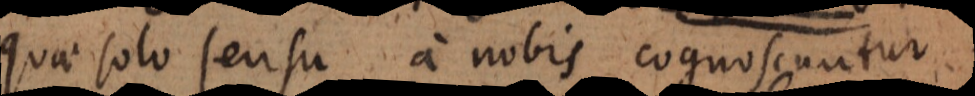
quae solo sensu a nobis cognoscuntur;